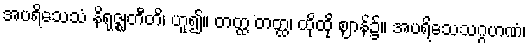
အပရိသေသံ နိရုဇ္ဈတီတိ၊ ဟူ၍။ တတ္ထ တတ္ထ၊ ထိုထို ဈာန်၌။ အပရိသေသဂ္ဂဟဏံ၊